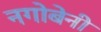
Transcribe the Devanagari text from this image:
नगोबेनी